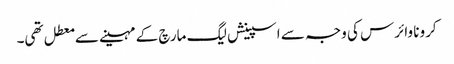
کرونا وائرس کی وجہ سے اسپینش لیگ مارچ کے مہینے سے معطل تھی۔